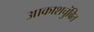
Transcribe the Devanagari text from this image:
आकाशचुंबित